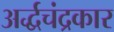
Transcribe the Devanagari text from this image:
अर्द्धचंद्रकार